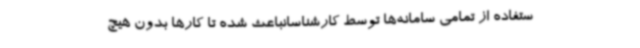
ستفاده از تمامی سامانه‌ها توسط کارشناسانباعث شده تا کارها بدون هیچ